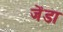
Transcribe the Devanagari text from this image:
जेंडा